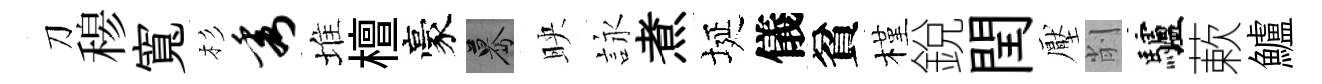
刀𥠇寬杉秀堆檀豪驀映詠煮埏儀貧槿銳閏壓削驢蔌鱸